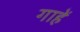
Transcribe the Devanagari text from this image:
गाहें